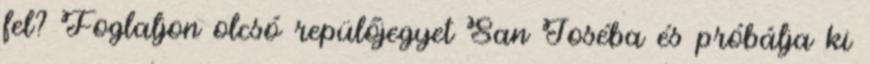
fel? Foglaljon olcsó repülőjegyet San Joséba és próbálja ki